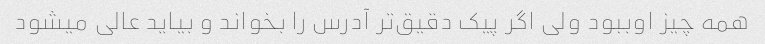
همه چیز اوببود ولی اگر پیک دقیق‌تر آدرس را بخواند و بیاید عالی میشود